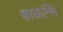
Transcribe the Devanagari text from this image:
काऊन्सि